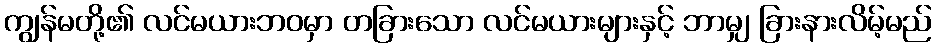
ကျွန်မတို့၏ လင်မယားဘဝမှာ တခြားသော လင်မယားများနှင့် ဘာမျှ ခြားနားလိမ့်မည်